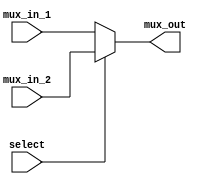
module mux_2_to_1 (
  input wire[31:0] mux_in_1, 
  input wire [31:0] mux_in_2,
  input wire select,
  output reg [31:0] mux_out
);

always @(*) begin
  if(select)
    mux_out <= mux_in_2;
  else
    mux_out <= mux_in_1;
end
  
endmodule